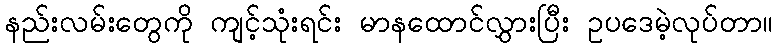
နည်းလမ်းတွေကို ကျင့်သုံးရင်း မာနထောင်လွှားပြီး ဥပဒေမဲ့လုပ်တာ။